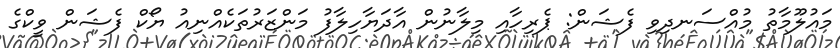
މައުލޫމާތު މުއްސަނދިވި ފެޝަން: ޕެރިހާއި މިލާނުން އާދަޔާހިލާފު މަންޒަރުތަކެއްނިއު ޔޯކް ފެޝަން ވީކްގެ